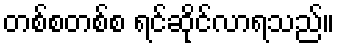
တစ်စတစ်စ ရင်ဆိုင်လာရသည်။